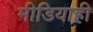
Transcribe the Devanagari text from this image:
मीडियाही